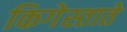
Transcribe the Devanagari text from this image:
किगेस्ताते